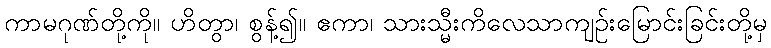
ကာမဂုဏ်တို့ကို။ ဟိတွာ၊ စွန့်၍။ ဧကာ၊ သားသ္မီးကိလေသာကျဉ်းမြောင်းခြင်းတို့မှ